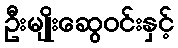
ဦးမျိုးဆွေဝင်းနှင့်